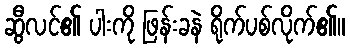
ဆွီလင်၏ ပါးကို ဖြန်းခနဲ ရိုက်ပစ်လိုက်၏။